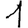
Digit: 1